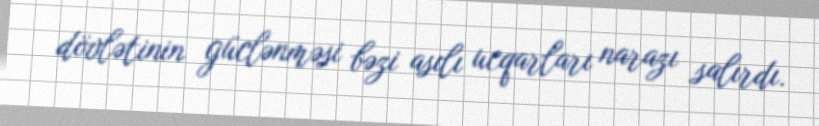
dövlətinin güclənməsi bəzi asılı ucqarları narazı salırdı.